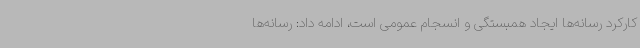
کارکرد رسانه‌ها ایجاد همبستگی و انسجام عمومی است، ادامه داد: رسانه‌ها